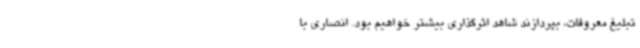
تبلیغ معروفات، بپردازند شاهد اثرگذاری بیشتر خواهیم بود. انصاری با